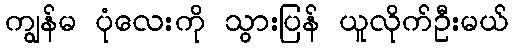
ကျွန်မ ပုံလေးကို သွားပြန် ယူလိုက်ဦးမယ်